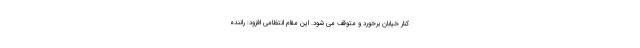
کنار خیابان برخورد و متوقف می شود. این مقام انتظامی افزود: راننده